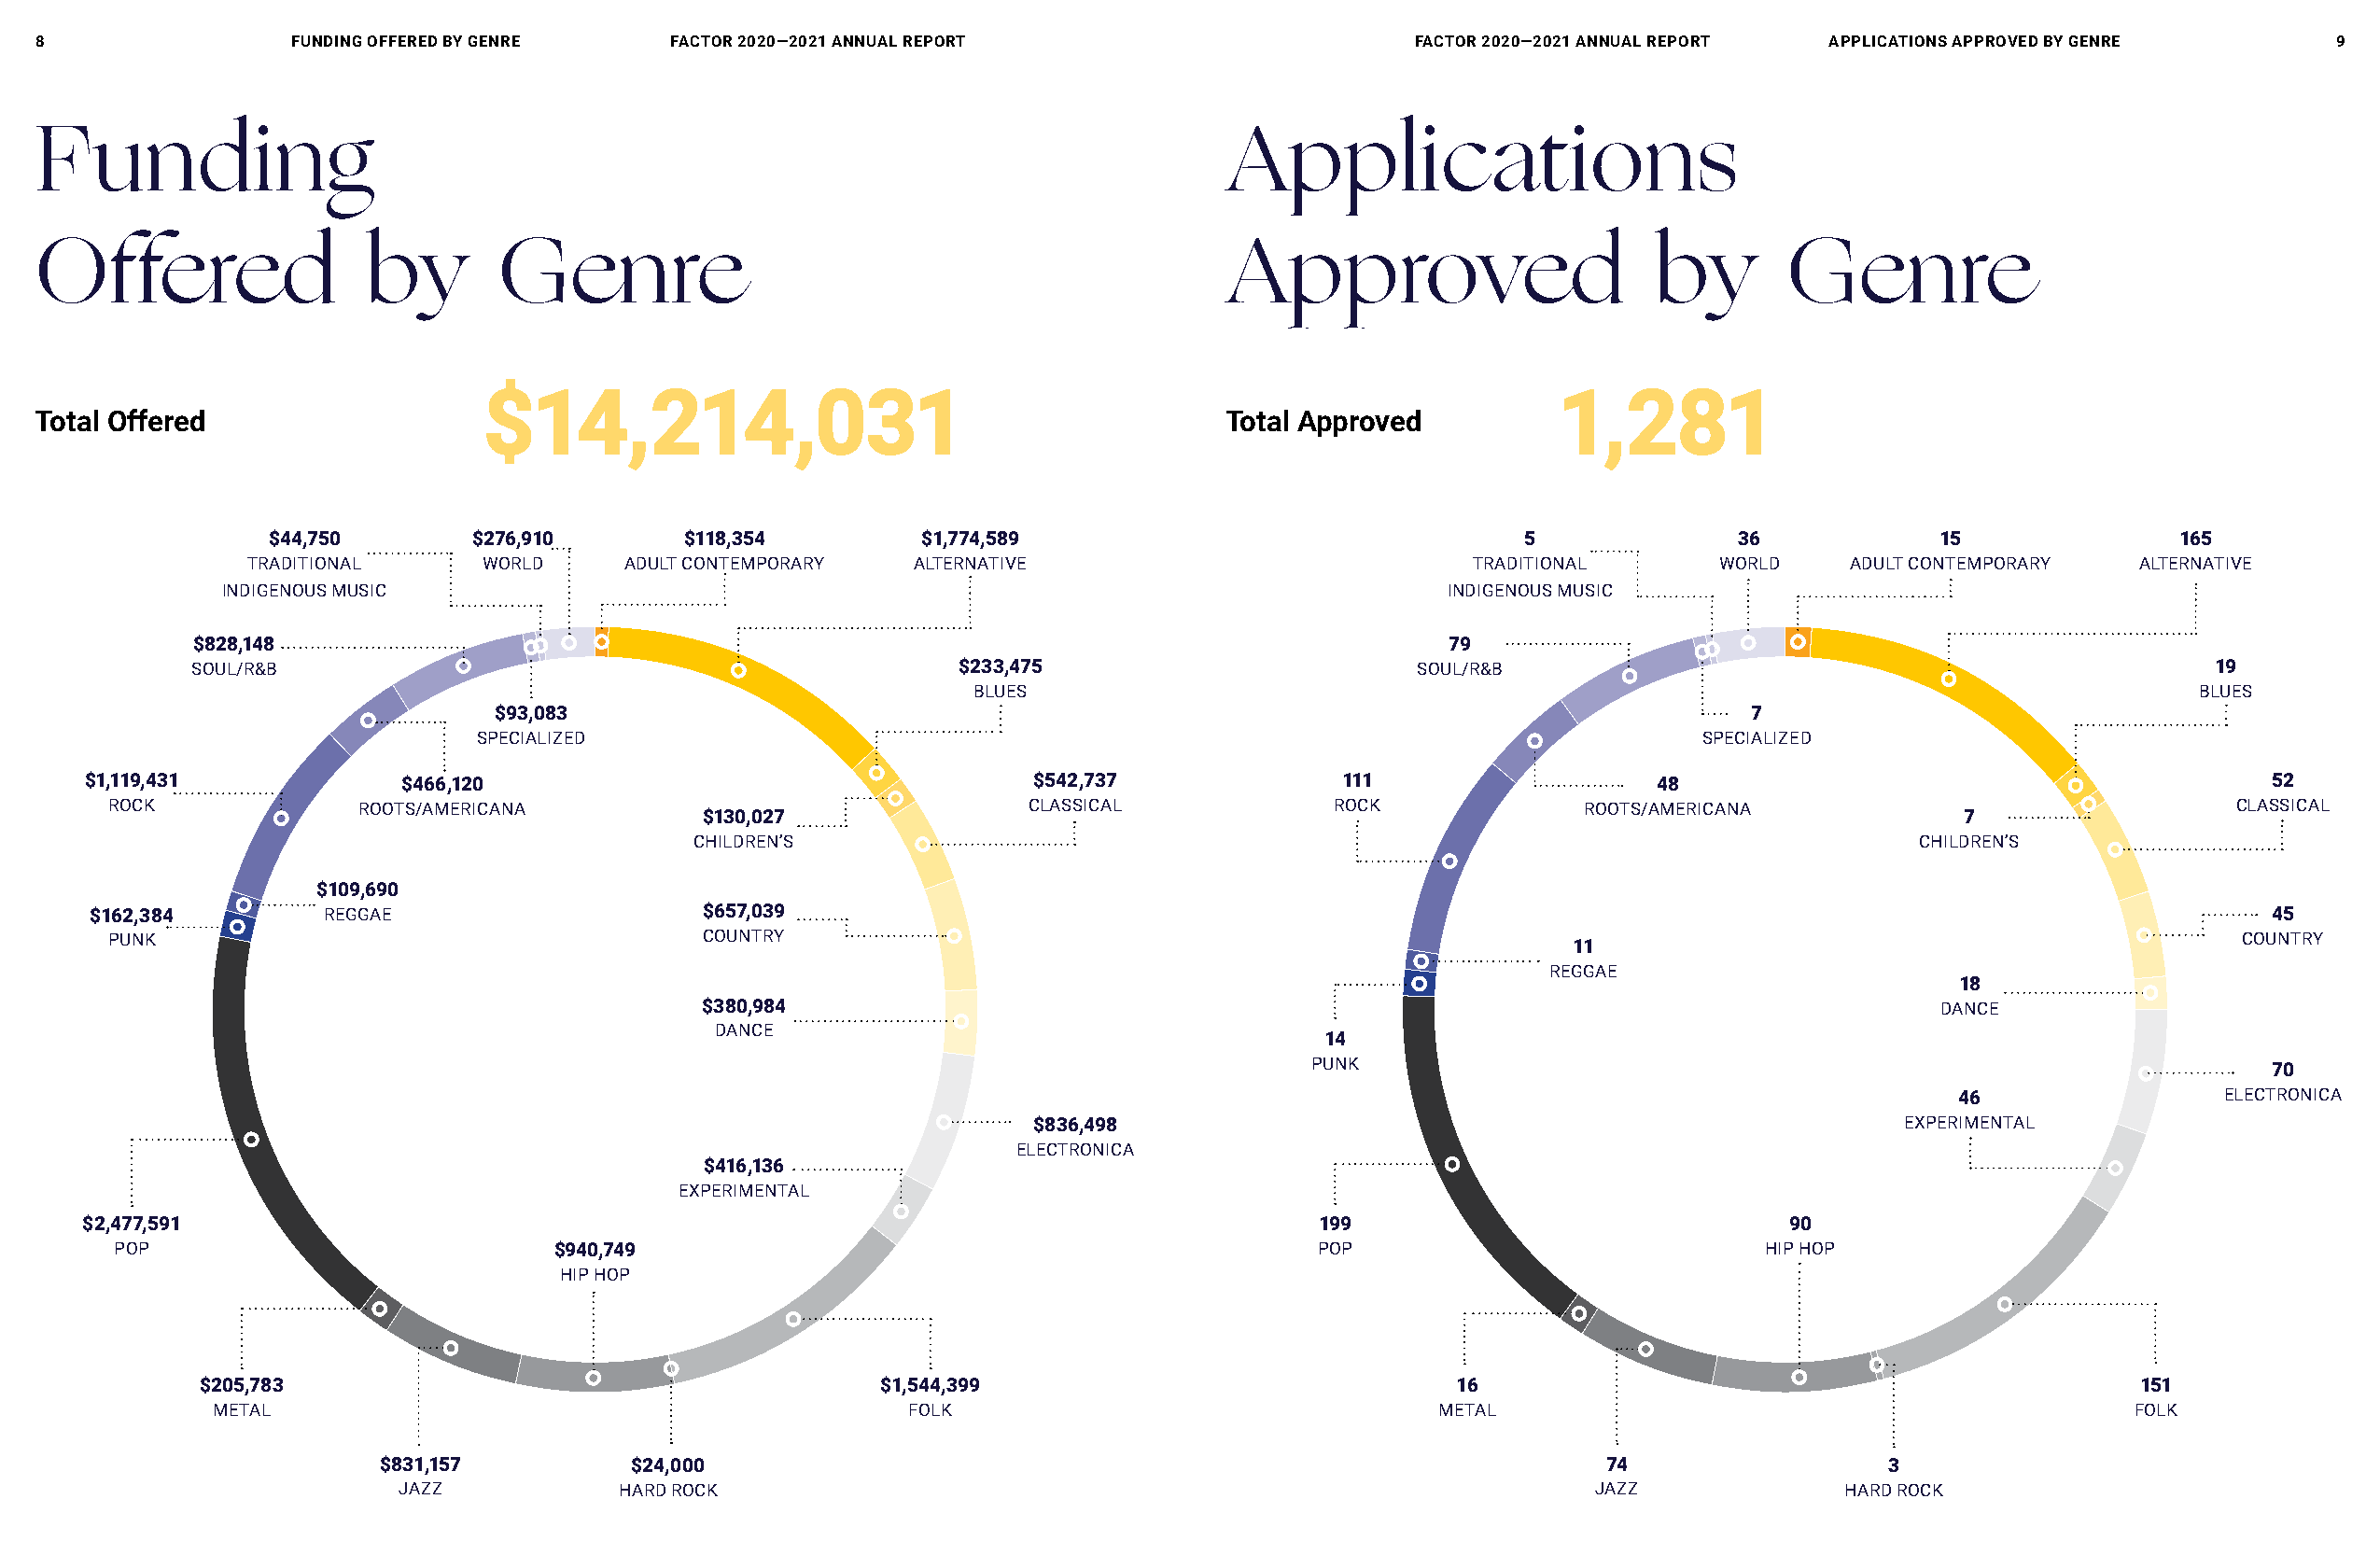
8                 fUnDInG offeReD b Y GenRe  FACTOR 2020—2021 ANNUAL REPORT                      FACTOR 2020—2021 ANNUAL REPORT aPPlIcaTIons aPPRoVeD bY GenRe     9
 Funding                                                                              Applications
 Offered                 by       Genre                                               Approved                      by        Genre
 $$1144,,221144,,003311                                                      11,,228811
 Total offered                                                                        Total approved
 $44,750       $276,910        $118,354        $1,774,589                                 5              36             15               165
 TRADITIONAL     WORLD     ADULT CONTEMPORARY   ALTERNATIVE                             TRADITIONAL      WORLD    ADULT CONTEMPORARY   ALTERNATIVE
 INDIGENOUS MUSIC                                                                       INDIGENOUS MUSIC
 $828,148                                                                                 79
 SOUL/R&B                                              $233,475                         SOUL/R&B                                                19
 BLUES                                                                                  BLUES
 $93,083                                                                                  7
 SPECIALIZED                                                                            SPECIALIZED
 $1,119,431            $466,120                                     $542,737              111                    48                                         52
 ROCK             ROOTS/AMERICANA                                 CLASSICAL             ROCK             ROOTS/AMERICANA                                CLASSICAL
 $130,027                                                                                 7
 CHILDREN’S                                                                             CHILDREN’S
 $109,690
 $162,384         REGGAE                     $657,039                                                                                                       45
 PUNK                                      COUNTRY                                                                                                      COUNTRY
 11
 REGGAE
 18
 $380,984                                                                                DANCE
 DANCE
 14
 PUNK                                                                70
 46                 ELECTRONICA
 $836,498                                                      EXPERIMENTAL
 ELECTRONICA
 $416,136
 EXPERIMENTAL
 $2,477,591                                                                              199                              90
 POP                            $940,749                                              POP                             HIP HOP
 HIP HOP
 $205,783                                        $1,544,399                               16                                               151
 METAL                                            FOLK                                  METAL                                            FOLK
 $831,157          $24,000                                                              74                  3
 JAZZ            HARD ROCK                                                            JAZZ              HARD ROCK